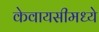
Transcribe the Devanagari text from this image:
केवायसीमध्ये